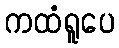
ကထံရူပေ